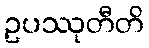
ဥပဿုတီတိ